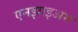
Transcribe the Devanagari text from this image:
एनझाइअम